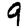
Digit: 9